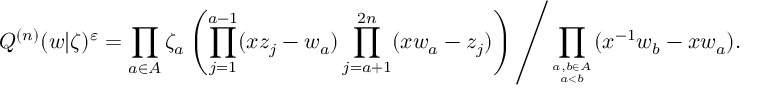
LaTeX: Q ^ { ( n ) } ( w | \zeta ) ^ { \varepsilon } = \prod _ { a \in A } \zeta _ { a } \left( \prod _ { j = 1 } ^ { a - 1 } ( x z _ { j } - w _ { a } ) \prod _ { j = a + 1 } ^ { 2 n } ( x w _ { a } - z _ { j } ) \right) \left/ \prod _ { a , b \in A \atop a < b } ( x ^ { - 1 } w _ { b } - x w _ { a } ) . \right.